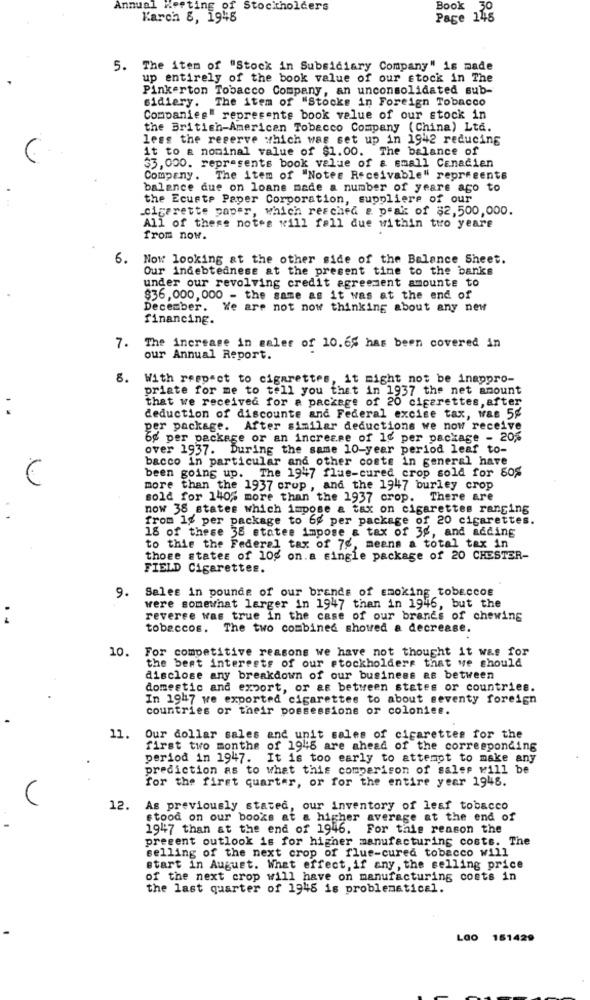
Annual Korting of Stockholders
Book 30
Karch 8, 1948
Page 145
5. The item of "Stock in Subsidiary Company" is made
up entirely of the book value of our stock in The
Pinkerton Tobacco Company, an unconsolidated sub-
sidiery.
The item of "Stocke in Foreign Tobacco
Companies" represents book value of our stock in
the British-American Tobacco Company (China) Ltd.
less the reserve which was set up in 1942 reducing
it to a nominal value of $1.00. The balance of
33, 000. represents book value of a small Canadien
Company. The item of "Notes Receivable" represents
balance que on loans made a number of years ago to
the Ecusto Paper Corporation, suppliers of our
.cigarette paper, which reached a peak of $2,500,000.
All of these notes will fall due within two yeare
from now.
6.
Now looking at the other side of the Balance Sheet.
Our indebtednese at the present time to the banks
under our revolving credit agreement amounts to
$36, 000, 000 - the same as it was at the end of
December. We are not now thinking about any new
financing.
7. The increase in galer of 10.6% has been covered in
our Annual Report.
8. With respect to cigarettes, it might not be inappro-
priate for me to tell you that in 1937 the net amount
that we received for a package of 20 cigarettes, after
..
deduction of discounte and Federal excise tax, was 5g
per package. After similar deductions we now receive
6g per package or an increase of 1c per package - 20%
over 1937. During the same 10-year period leaf to-
bacco in particular and other costs in general have
been going up. The 1947 flue-cured crop sold for 80%
more than the 1937 crop , and the 1947 burley crop
sold for 140% more than the 1937 crop. There are
now 38 states which impose & tax on cigarettes ranging
from 1% per package to 6g per package of 20 cigarettes.
18 of these 38 statee impose a tax of 3g, and adding
to thie the Federal tax of 7g, means a total tax in
those states of 10g on.a single package of 20 CHESTER-
FIELD Cigarettes.
9. Sales in pounds of our brands of smoking tobaccos
were somewhat larger in 1947 than in 1946, but the
:
reverse was true in the case of our brands of chewing
tobaccos. The two combined showed a decrease.
10. For competitive reasons we have not thought it was for
the best interests of our stockholders that we should
disclose any breakdown of our business as between
domestic and export, or as between states or countries.
In 1947 we exported cigarettes to about seventy foreign
countries or their possessions or colonies.
11.
Our dollar sales and unit sales of cigarettes for the
first two months of 1945 are ahead of the corresponding
period in 1947.
It is too early to attempt to make any
prediction as to what this comparison of sales will be
for the first quarter, or for the entire year 1948.
12. As previously stated, our inventory of leaf tobacco
stood on our books at a higher average at the end of
1947 than at the end of 1946.
For this reason the
preeent outlook is for higher manufacturing costs. The
selling of the next crop of flue-cured tobacco will
start in August. What effect, if any, the selling price
of the next crop will have on manufacturing coets in
the last quarter of 1948 is problematical.
Lao 151429